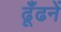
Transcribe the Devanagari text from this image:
ढूँढनें